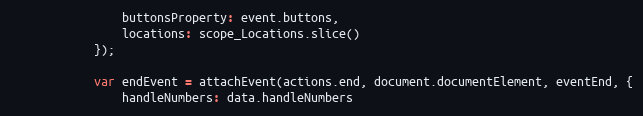
Language: JavaScript
                buttonsProperty: event.buttons,
                locations: scope_Locations.slice()
            });

            var endEvent = attachEvent(actions.end, document.documentElement, eventEnd, {
                handleNumbers: data.handleNumbers